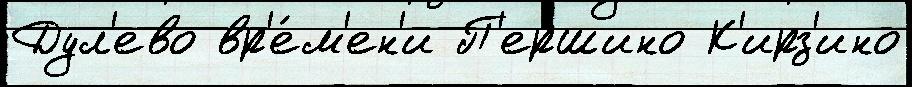
Дул'ево вр'е́м'ен'и П'ершино К'ирз'ино